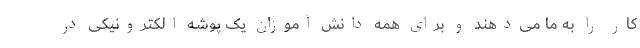
کار را به ما می‌دهند و برای همه دانش آموزان یک پوشه الکترونیکی در